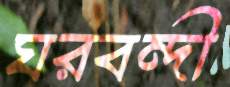
ঘরবন্দী